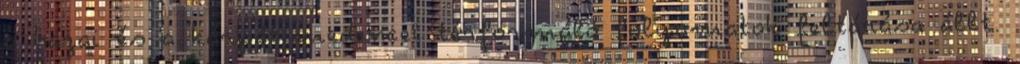
a hazai és a kárpát-medencei térformáló folyamatok feltárása állt.